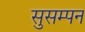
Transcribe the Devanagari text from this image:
सुसम्पन